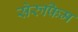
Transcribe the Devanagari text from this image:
सेरुफिम